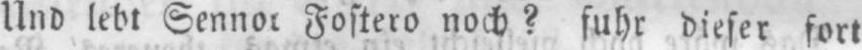
Und lebt Sennor Fostero noch? fuhr dieser fort